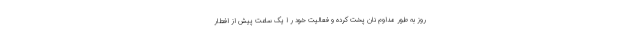
روز به طور مداوم نان پخت کرده و فعالیت خود ر ا یک ساعت پیش از افطار